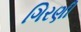
ગિરણી